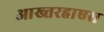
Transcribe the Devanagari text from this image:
आख्तरहाएस